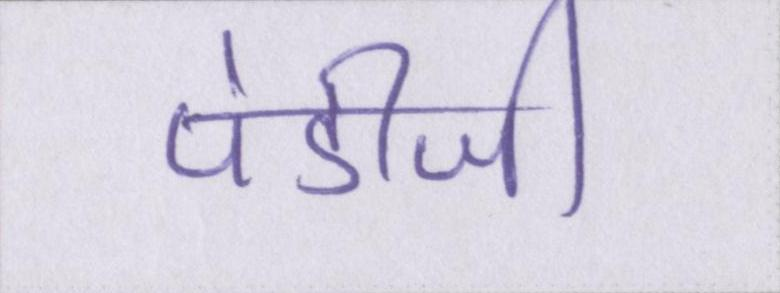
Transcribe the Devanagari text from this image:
पंडीजी